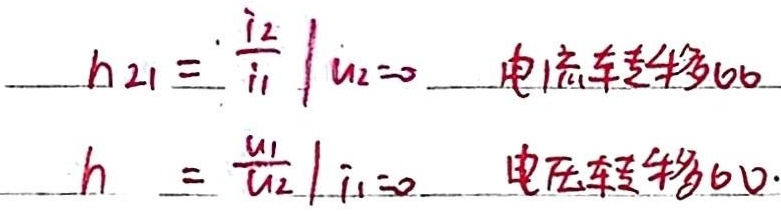
\(h_{21}=\left.\frac{i_2}{i_1}\right|_{u_2 = 0}\) 电流转移比
\(h_{12}=\left.\frac{u_1}{u_2}\right|_{i_1 = 0}\) 电压转移比